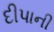
દીપાની